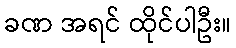
ခဏ အရင် ထိုင်ပါဦး။